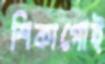
শিকাগোই